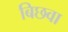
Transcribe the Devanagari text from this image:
बिछवा